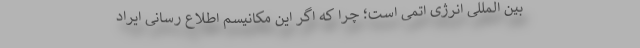
بین المللی انرژی اتمی است؛ چرا که اگر این مکانیسم اطلاع رسانی ایراد